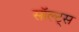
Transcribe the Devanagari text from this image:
सॉल्ट्स